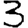
Digit: 3